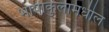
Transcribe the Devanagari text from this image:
भाषाकुलामधील